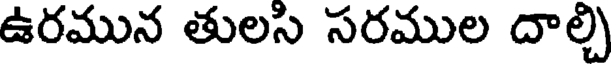
ఉరమున తులసి సరముల దాల్చి